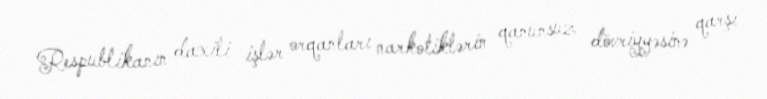
Respublikanın daxili işlər orqanları narkotiklərin qanunsuz dövriyyəsinə qarşı